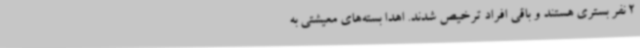
2 نفر بستری هستند و باقی افراد ترخیص شدند. اهدا بسته‌های معیشتی به